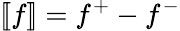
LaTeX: \left[\! [f]\! \right]=f^{+}-f^{-}